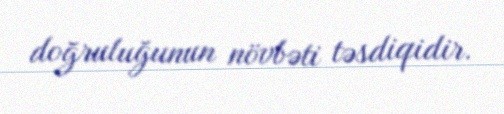
doğruluğunun növbəti təsdiqidir.